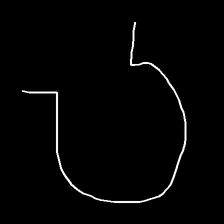
Glyph: weave